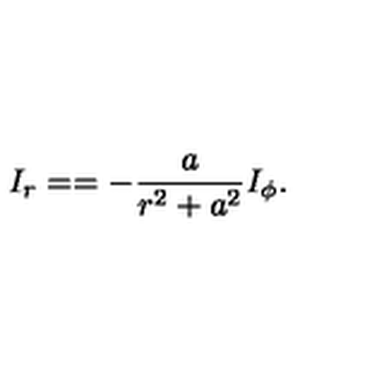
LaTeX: I _ { r } = = - \frac a { r ^ { 2 } + a ^ { 2 } } I _ { \phi } .